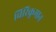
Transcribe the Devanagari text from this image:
चिरिकुमान